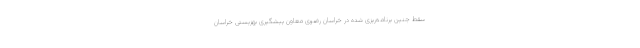
سقط جنین برنامه‌ریزی شده در خراسان رضوی معاون پیشگیری بهزیستی خراسان